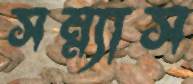
সন্ন্যাস